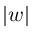
| w |